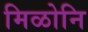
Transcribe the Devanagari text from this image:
मिळोनि